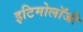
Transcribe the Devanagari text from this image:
इटिमोलॉजी